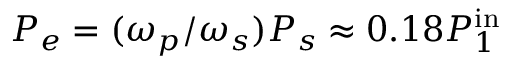
P _ { e } = ( \omega _ { p } / \omega _ { s } ) P _ { s } \approx 0 . 1 8 P _ { 1 } ^ { \mathrm { i n } }